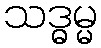
သဒ္ဓမ္မ